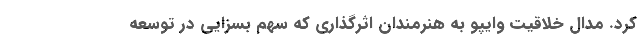
کرد. مدال خلاقیت وایپو به هنرمندان اثرگذاری که سهم بسزایی در توسعه